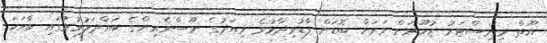
ޔޫތް މިނިސްޓަރު ޒުހޫރަށް ވަރަށް ބޮޑަށް ފާޑުވިދާޅުވެ މިއަދުގެ ނޫސްވެރިންގެ ބައްދަލުވުމުގައި ވާހަކަ